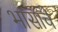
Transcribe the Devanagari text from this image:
भासांचे